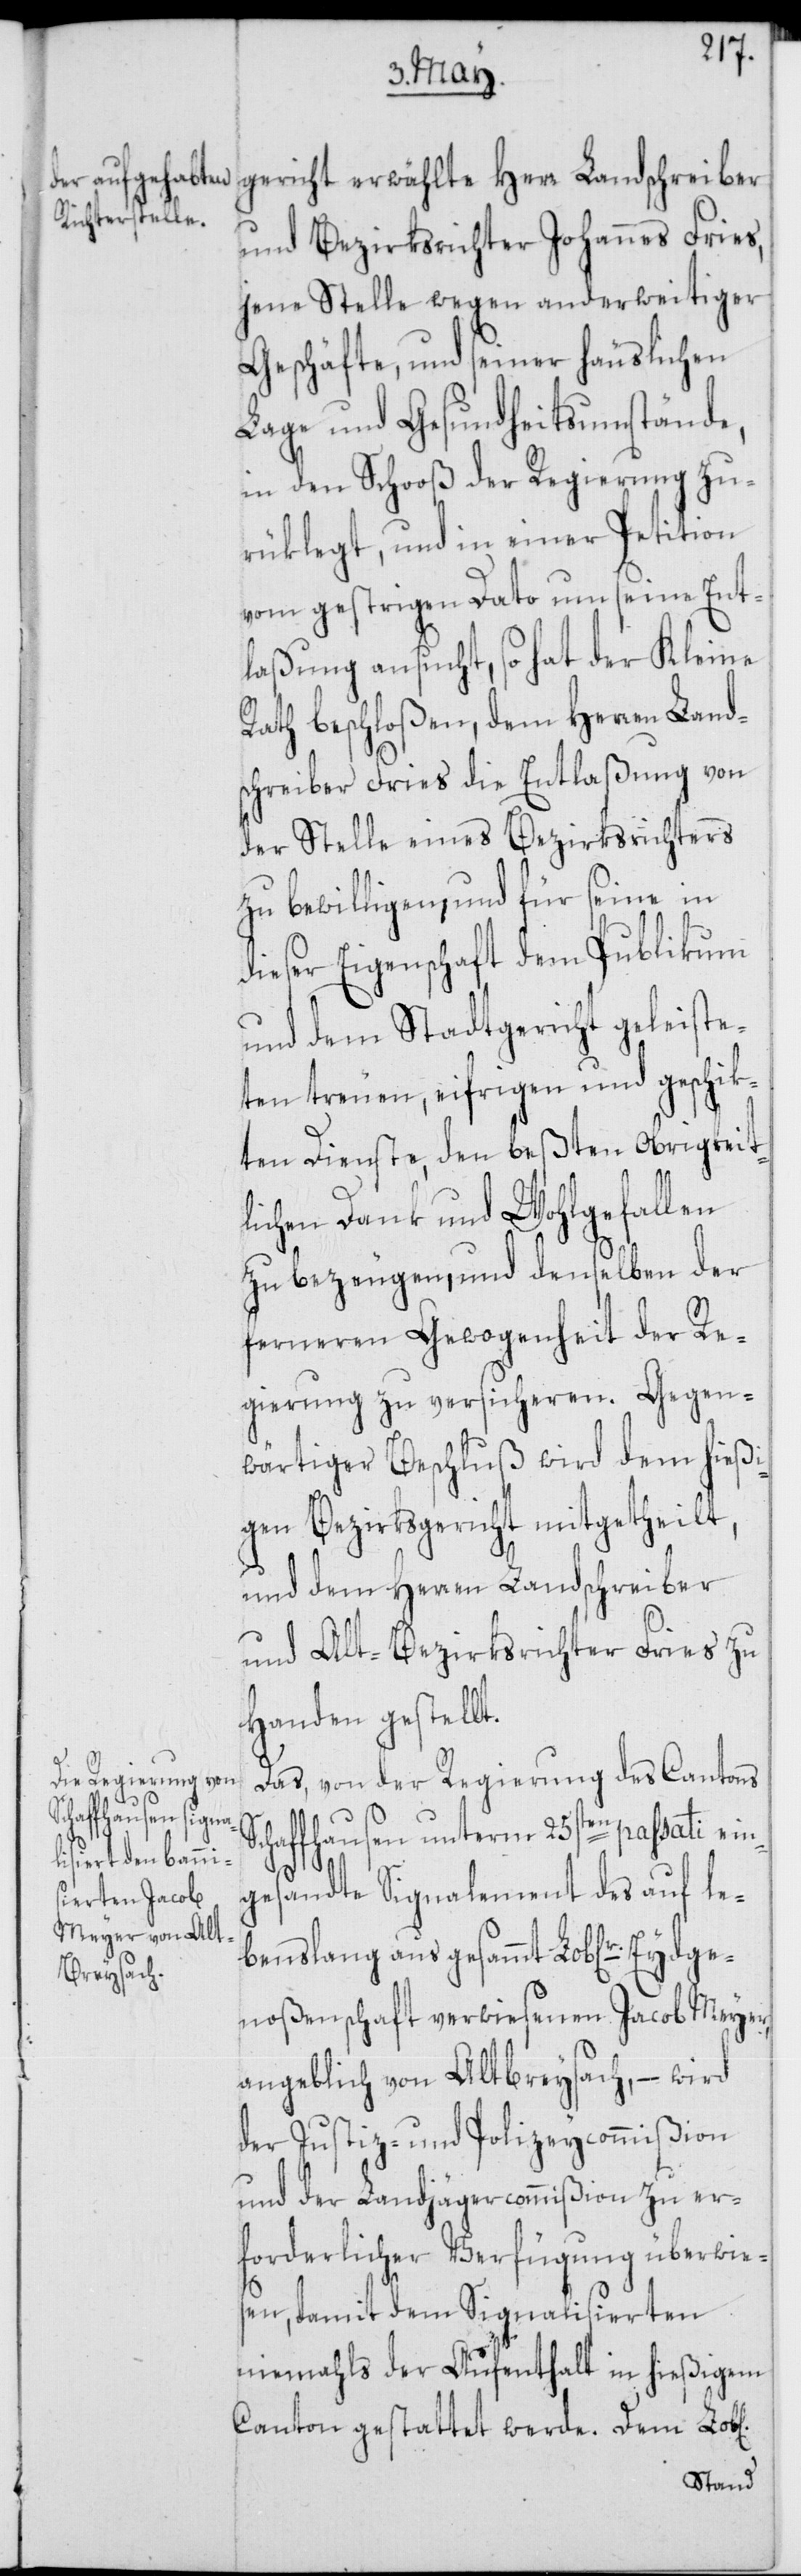
ichen]

gericht erwählte Herr Landschreiber
und Bezirksrichter Johannes Fries,
jene Stelle wegen anderweitiger
Geschäfte, und seiner häuslichen
Lage und Gesundheitsumstände,
in den Schooß der Regierung zu¬
rüklegt, und in einer Petition
vom gestrigen Dato um seine Ent¬
laßung ansucht, so hat der Kleine
Rath beschloßen, dem Herren Land¬
schreiber Fries die Entlaßung von
der Stelle eines Bezirksrichters
zu bewilligen, und für seine in
dieser Eigenschaft dem Publikum
und dem Stadtgericht geleiste¬
ten treuen, eifrigen und geschik¬
ten Dienste, den beßten Obrigkeit¬
lichen Dank und Wohlgefallen
zu bezeugen, und denselben der
ferneren Gewogenheit der Re¬
gierung zu versicheren.
wärtiger Beschluß wird dem hießi¬
gen Bezirksgericht mitgetheilt,
und dem Herren Landschreiber
und Alt-Bezirksrichter Fries zu
Handen gestell¬
Das, von der Regierung des Cantons
Schaffhausen unterm 25sten passati ein¬
gesandte Signalement des auf le¬
benslang aus gesammt Lob[liche]r Eydg¬
enoßenschaft verwiesenen Jacob Meyer,
angeblich von Altbreysach, – wird
der Justiz- und Polizeycommißion
und der Landjägercommißion zu er¬
forderlicher Verfügung überwie¬
sen, damit dem Signalisierten
niemahls der Aufenthalt in hießigem
Canton gestattet werde. Dem Lob[l¬